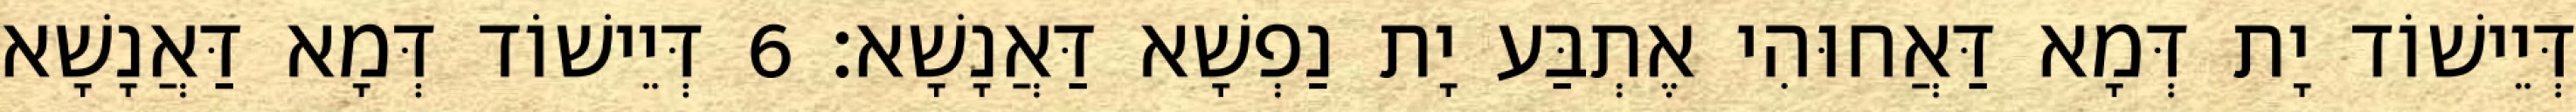
דְּיֵישׁוֹד יָת דְּמָא דַּאֲחוּהִי אֶתְבַּע יָת נַפְשָׁא דַּאֲנָשָׁא׃ 6 דְּיֵישׁוֹד דְּמָא דַּאֲנָשָׁא